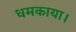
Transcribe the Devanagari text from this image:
धमकाया।